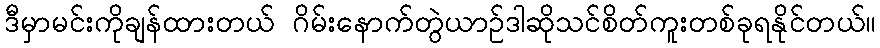
ဒီမှာမင်းကိုချန်ထားတယ် ဂိမ်းနောက်တွဲယာဉ်ဒါဆိုသင်စိတ်ကူးတစ်ခုရနိုင်တယ်။